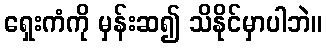
ရှေးကံကို မှန်းဆ၍ သိနိုင်မှာပါဘဲ။